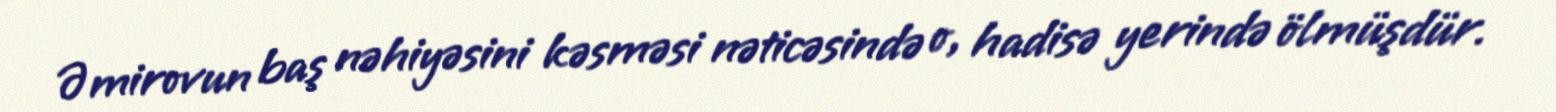
Əmirovun baş nəhiyəsini kəsməsi nəticəsində o, hadisə yerində ölmüşdür.